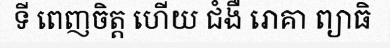
ទី ពេញចិត្ត ហើយ ជំងឺ រោគា ព្យាធិ